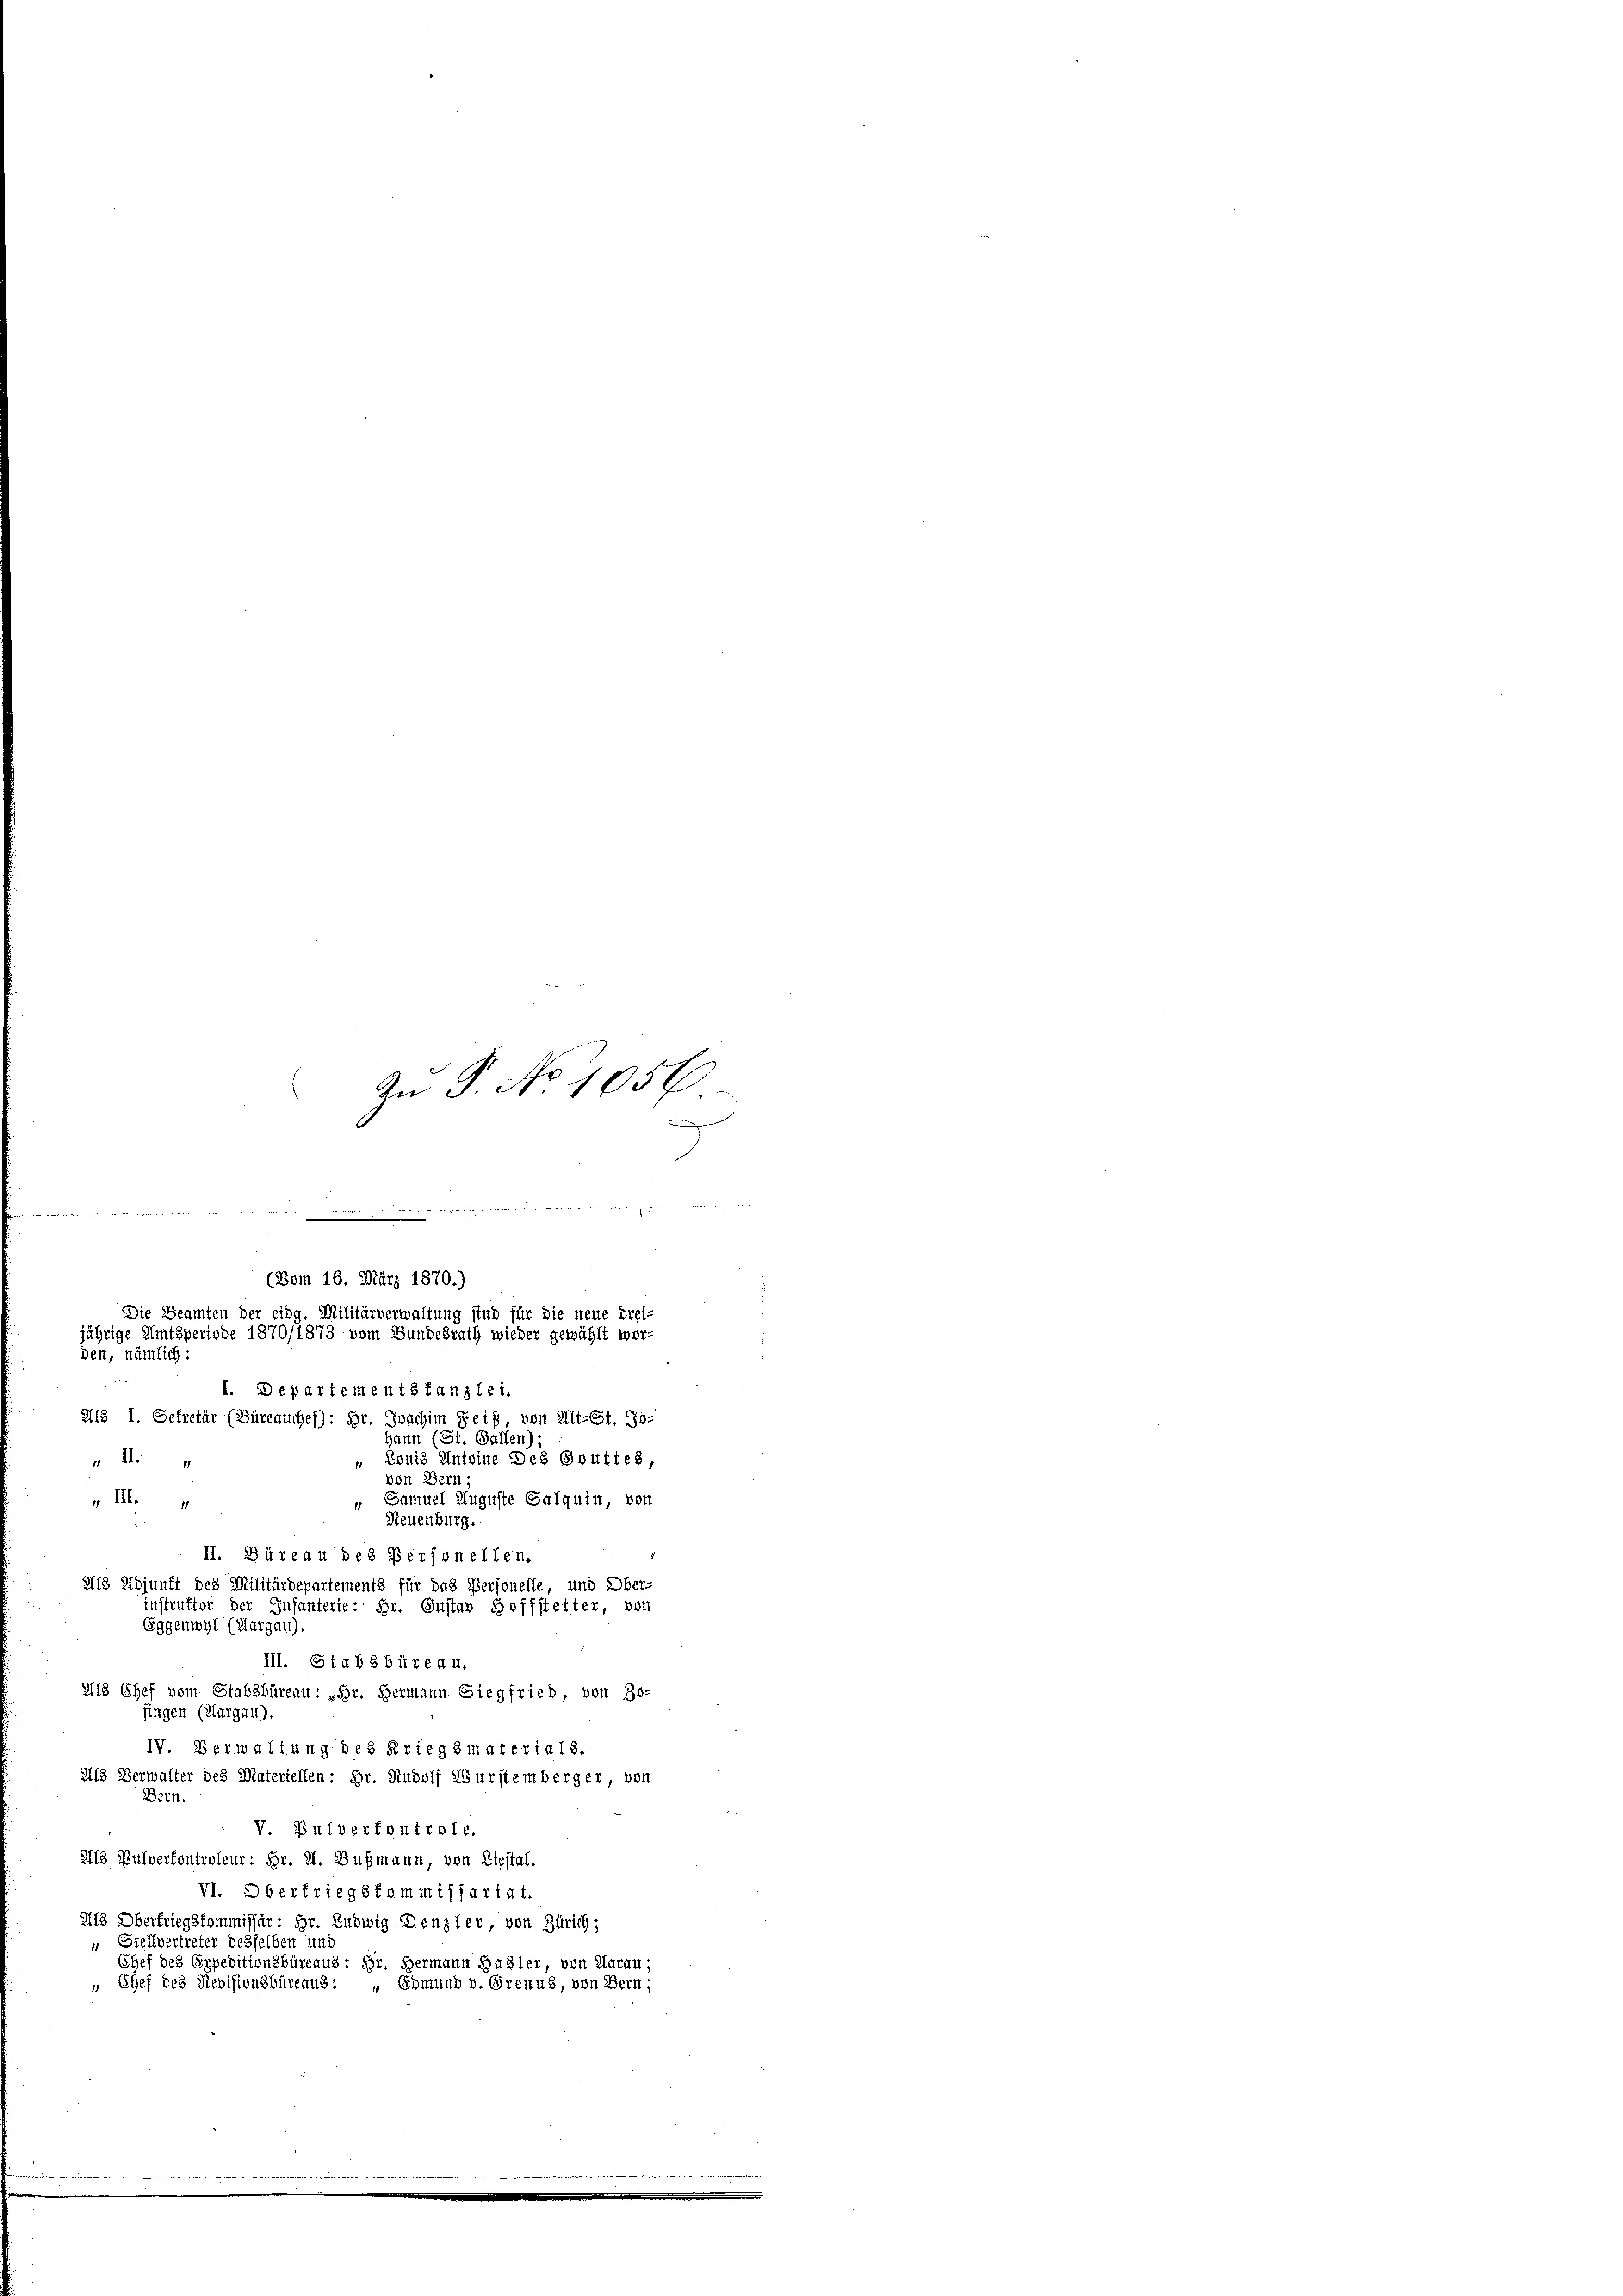
An P. No 1056
.
.
 wurde aus der die die wiedenen weder Betten Mindern

III. Stab 3 Büreau.
218 Chef vom Stabsbüreau: „Gr. Hermann Siegfried, von Bo-
fingen (Aargau).
IV. Verwaltung des Kriegsmaterials.
als Verwalter des Materiellen: Hr. Rudolf Wurstemberger, von
Bern.
V Pulverfontrole.
2113 Pulverfontroleur: Fr. 21. Bußmann, von Liestal.
VI. Oberfriegskommissariat.
218 Oberfriegskommissär: Dr. Ludwig Denzler, von Zürich,
 Stellvertreter desselben und
Chef des Expeditionsbüreaus: Hr. Hermann Basler, von Aarau;
„ Chef des Revisionsbüreaus: „Edmund v. Grenus, von Bern;

I. Departementstanzlei.
A15 I. Sekretär (Büreauches): Hr. Joachim Geiß, von Alt-St. Jo-
hann (St. Gallen);
Louis Antoine Des Gruftes,
 II.
von Bern;
Samuel Auguste Galquin, von
„ III.
Neuenburg.
II. Büreau des Personellen.
2113 Adjunft des Militärdepartements für das Personelle, und Ober-
Instruktor der Infanterie: Hr. Gustav Hoffstetter, von
Eggenwyl (Aargau)

(Vom 16. März 1870.)
Die Beamten der eidg. Militärverwaltung sind für die neue drei-
jährige Amtsperiode 1870/1873 vom Bundesrath wieder gewählt wor-
den, nämlich